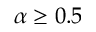
\alpha \ge 0 . 5